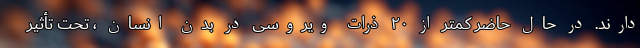
دارند. در حال حاضر کمتر از ۲۰ ذرات ویروسی در بدن انسان ، تحت تأثیر